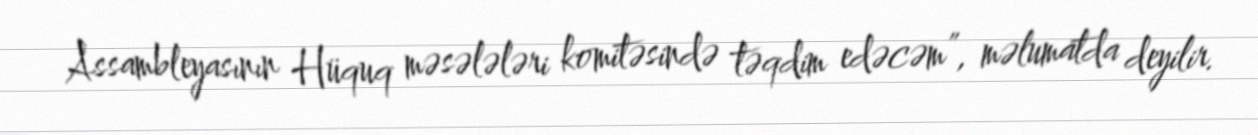
Assambleyasının Hüquq məsələləri komitəsində təqdim edəcəm”, məlumatda deyilir.